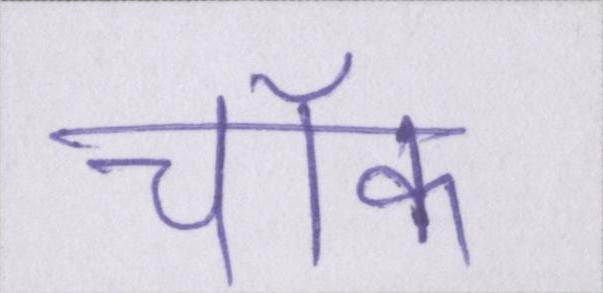
चॉक